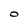
Character: 0